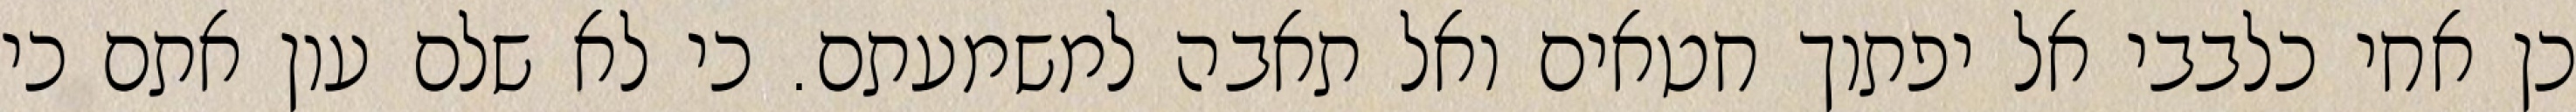
כן אחי כלבבי אל יפתוך חטאים ואל תאבה למשמעתם. כי לא שלם עון אתם כי